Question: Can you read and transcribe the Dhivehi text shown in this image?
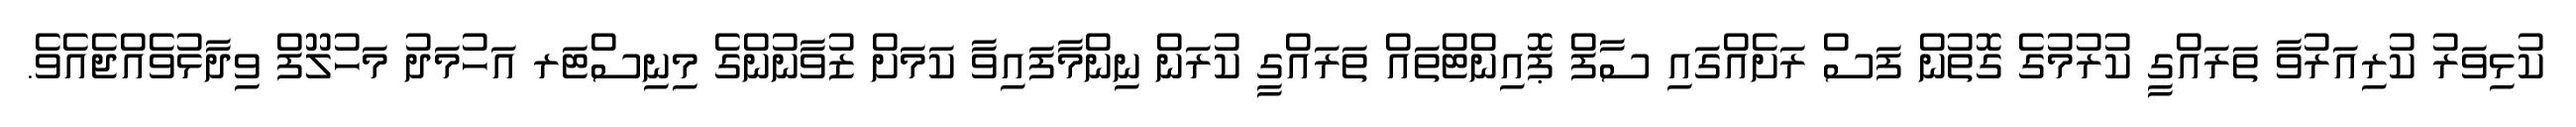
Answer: ކުޅިވަރު ކުރިއަރުވާ ތަރައްގީ ކުރުމުގެ ގޮތުން ފަސް ރަށެއްގައި ސާފް ޕޮއިންޓްތައް ތަރައްގީ ކުރަން ނިންމާފައިވާ ކަމަށް ޒުވާނުންގެ މިނިސްޓަރ އަހުމަދު މަހުލޫފް ވިދާޅުވެއްޖެއެވެ.